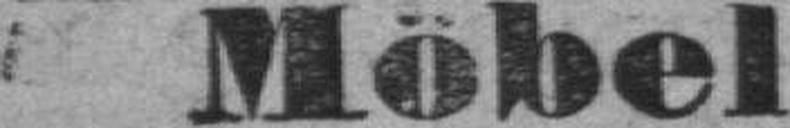
Möbel